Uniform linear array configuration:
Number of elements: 4
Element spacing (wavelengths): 0.25
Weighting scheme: blackman
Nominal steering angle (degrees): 45
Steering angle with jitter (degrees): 46.953
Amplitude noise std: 0.05
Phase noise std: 0.05

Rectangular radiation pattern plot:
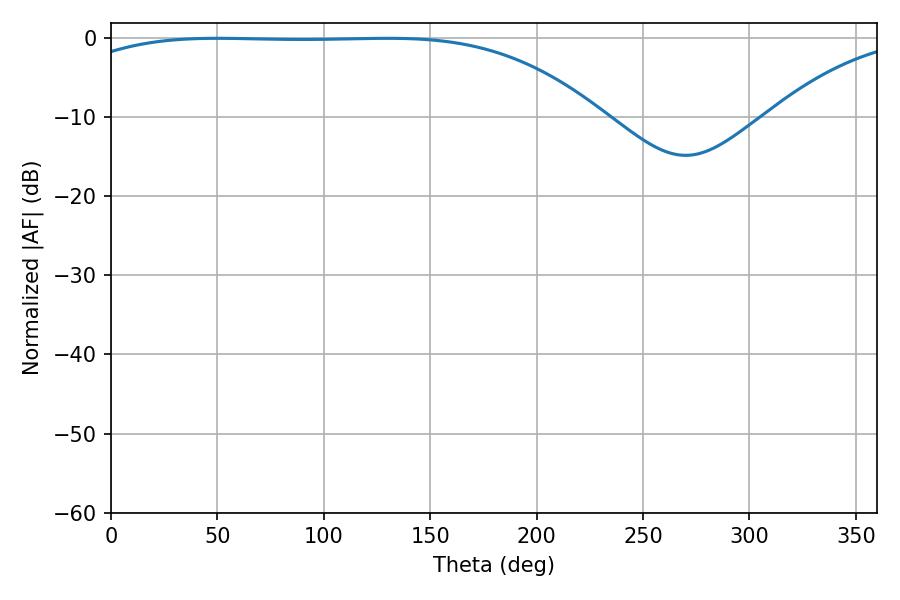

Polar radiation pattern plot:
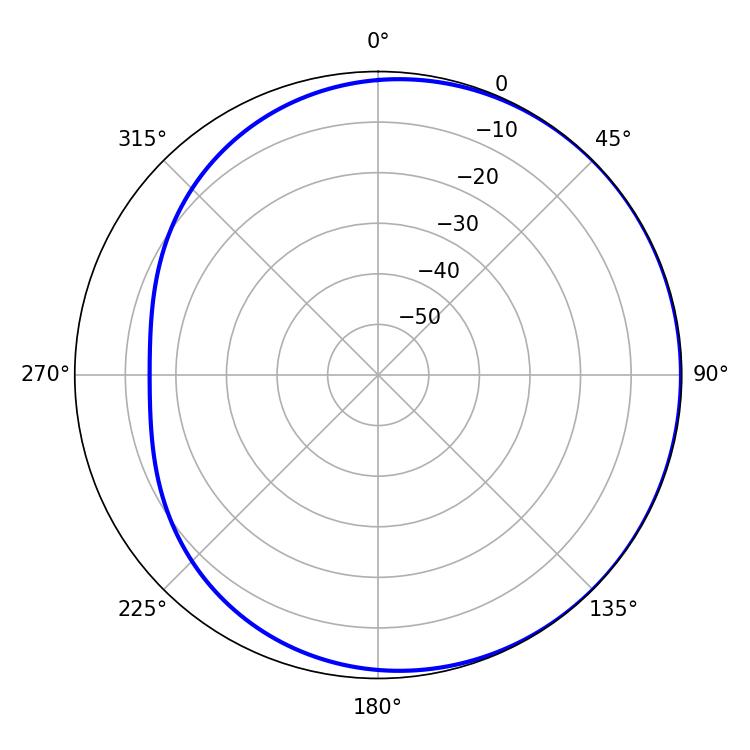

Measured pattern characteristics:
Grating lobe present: FALSE
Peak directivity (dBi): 0.8014
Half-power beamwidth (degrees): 193.32
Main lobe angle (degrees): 50.04